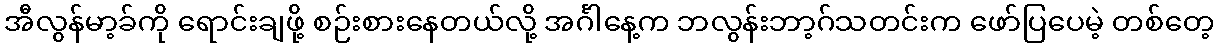
အီလွန်မာ့ခ်ကို ရောင်းချဖို့ စဉ်းစားနေတယ်လို့ အင်္ဂါနေ့က ဘလွန်းဘာ့ဂ်သတင်းက ဖော်ပြပေမဲ့ တစ်တေ့